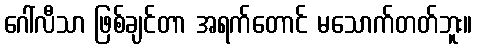
ဂေါ်လီသာ ဖြစ်ချင်တာ အရက်တောင် မသောက်တတ်ဘူး။